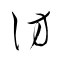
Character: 訪